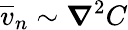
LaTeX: \overline{{v}}_{n}\sim\boldsymbol\nabla^{2}C